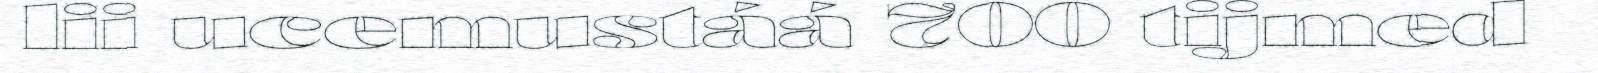
lii ucemustáá 700 tijmed